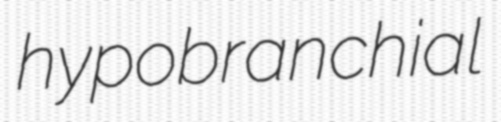
hypobranchial